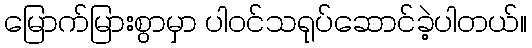
မြောက်မြားစွာမှာ ပါဝင်သရုပ်ဆောင်ခဲ့ပါတယ်။